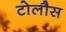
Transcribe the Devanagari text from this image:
टोलौस